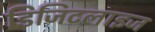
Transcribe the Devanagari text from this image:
डिजिटलाइज